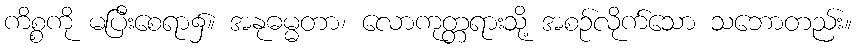
ကိစ္စကို မပြီးစေရာ၌။ အနုဓမ္မတာ၊ လောကုတ္တရားသို့ အစဉ်လိုက်သော သဘောတည်း။